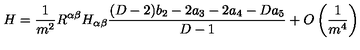
H = \frac { 1 } { m ^ { 2 } } R ^ { \alpha \beta } H _ { \alpha \beta } \frac { ( D - 2 ) b _ { 2 } - 2 a _ { 3 } - 2 a _ { 4 } - D a _ { 5 } } { D - 1 } + O \left( \frac { 1 } { m ^ { 4 } } \right)